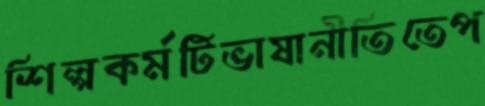
শিল্পকর্মটিভাষানীতিতেপ